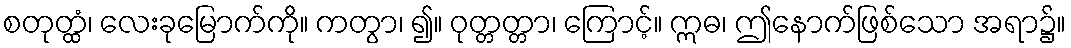
စတုတ္ထံ၊ လေးခုမြောက်ကို။ ကတွာ၊ ၍။ ဝုတ္တတ္တာ၊ ကြောင့်။ ဣဓ၊ ဤနောက်ဖြစ်သော အရာ၌။